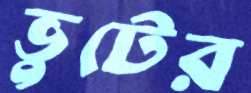
ভুটের